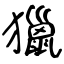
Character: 獵